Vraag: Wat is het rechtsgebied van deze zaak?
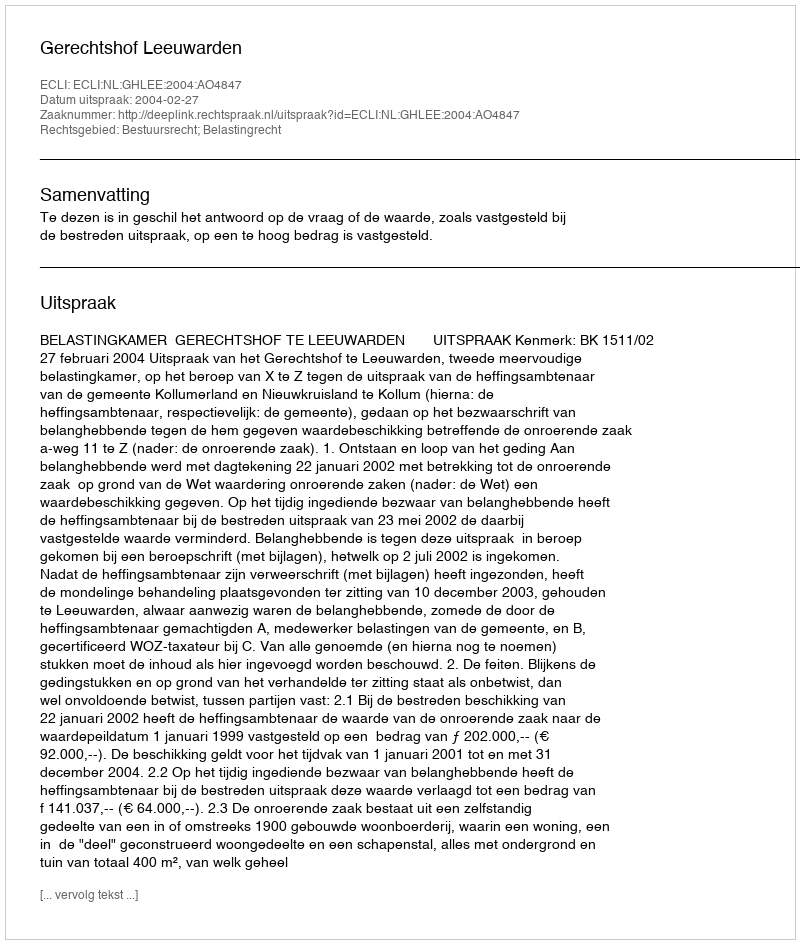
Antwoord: Bestuursrecht; Belastingrecht